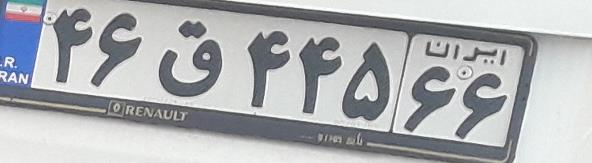
۴۶ق۴۴۵۶۶